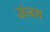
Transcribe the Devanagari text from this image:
संजम